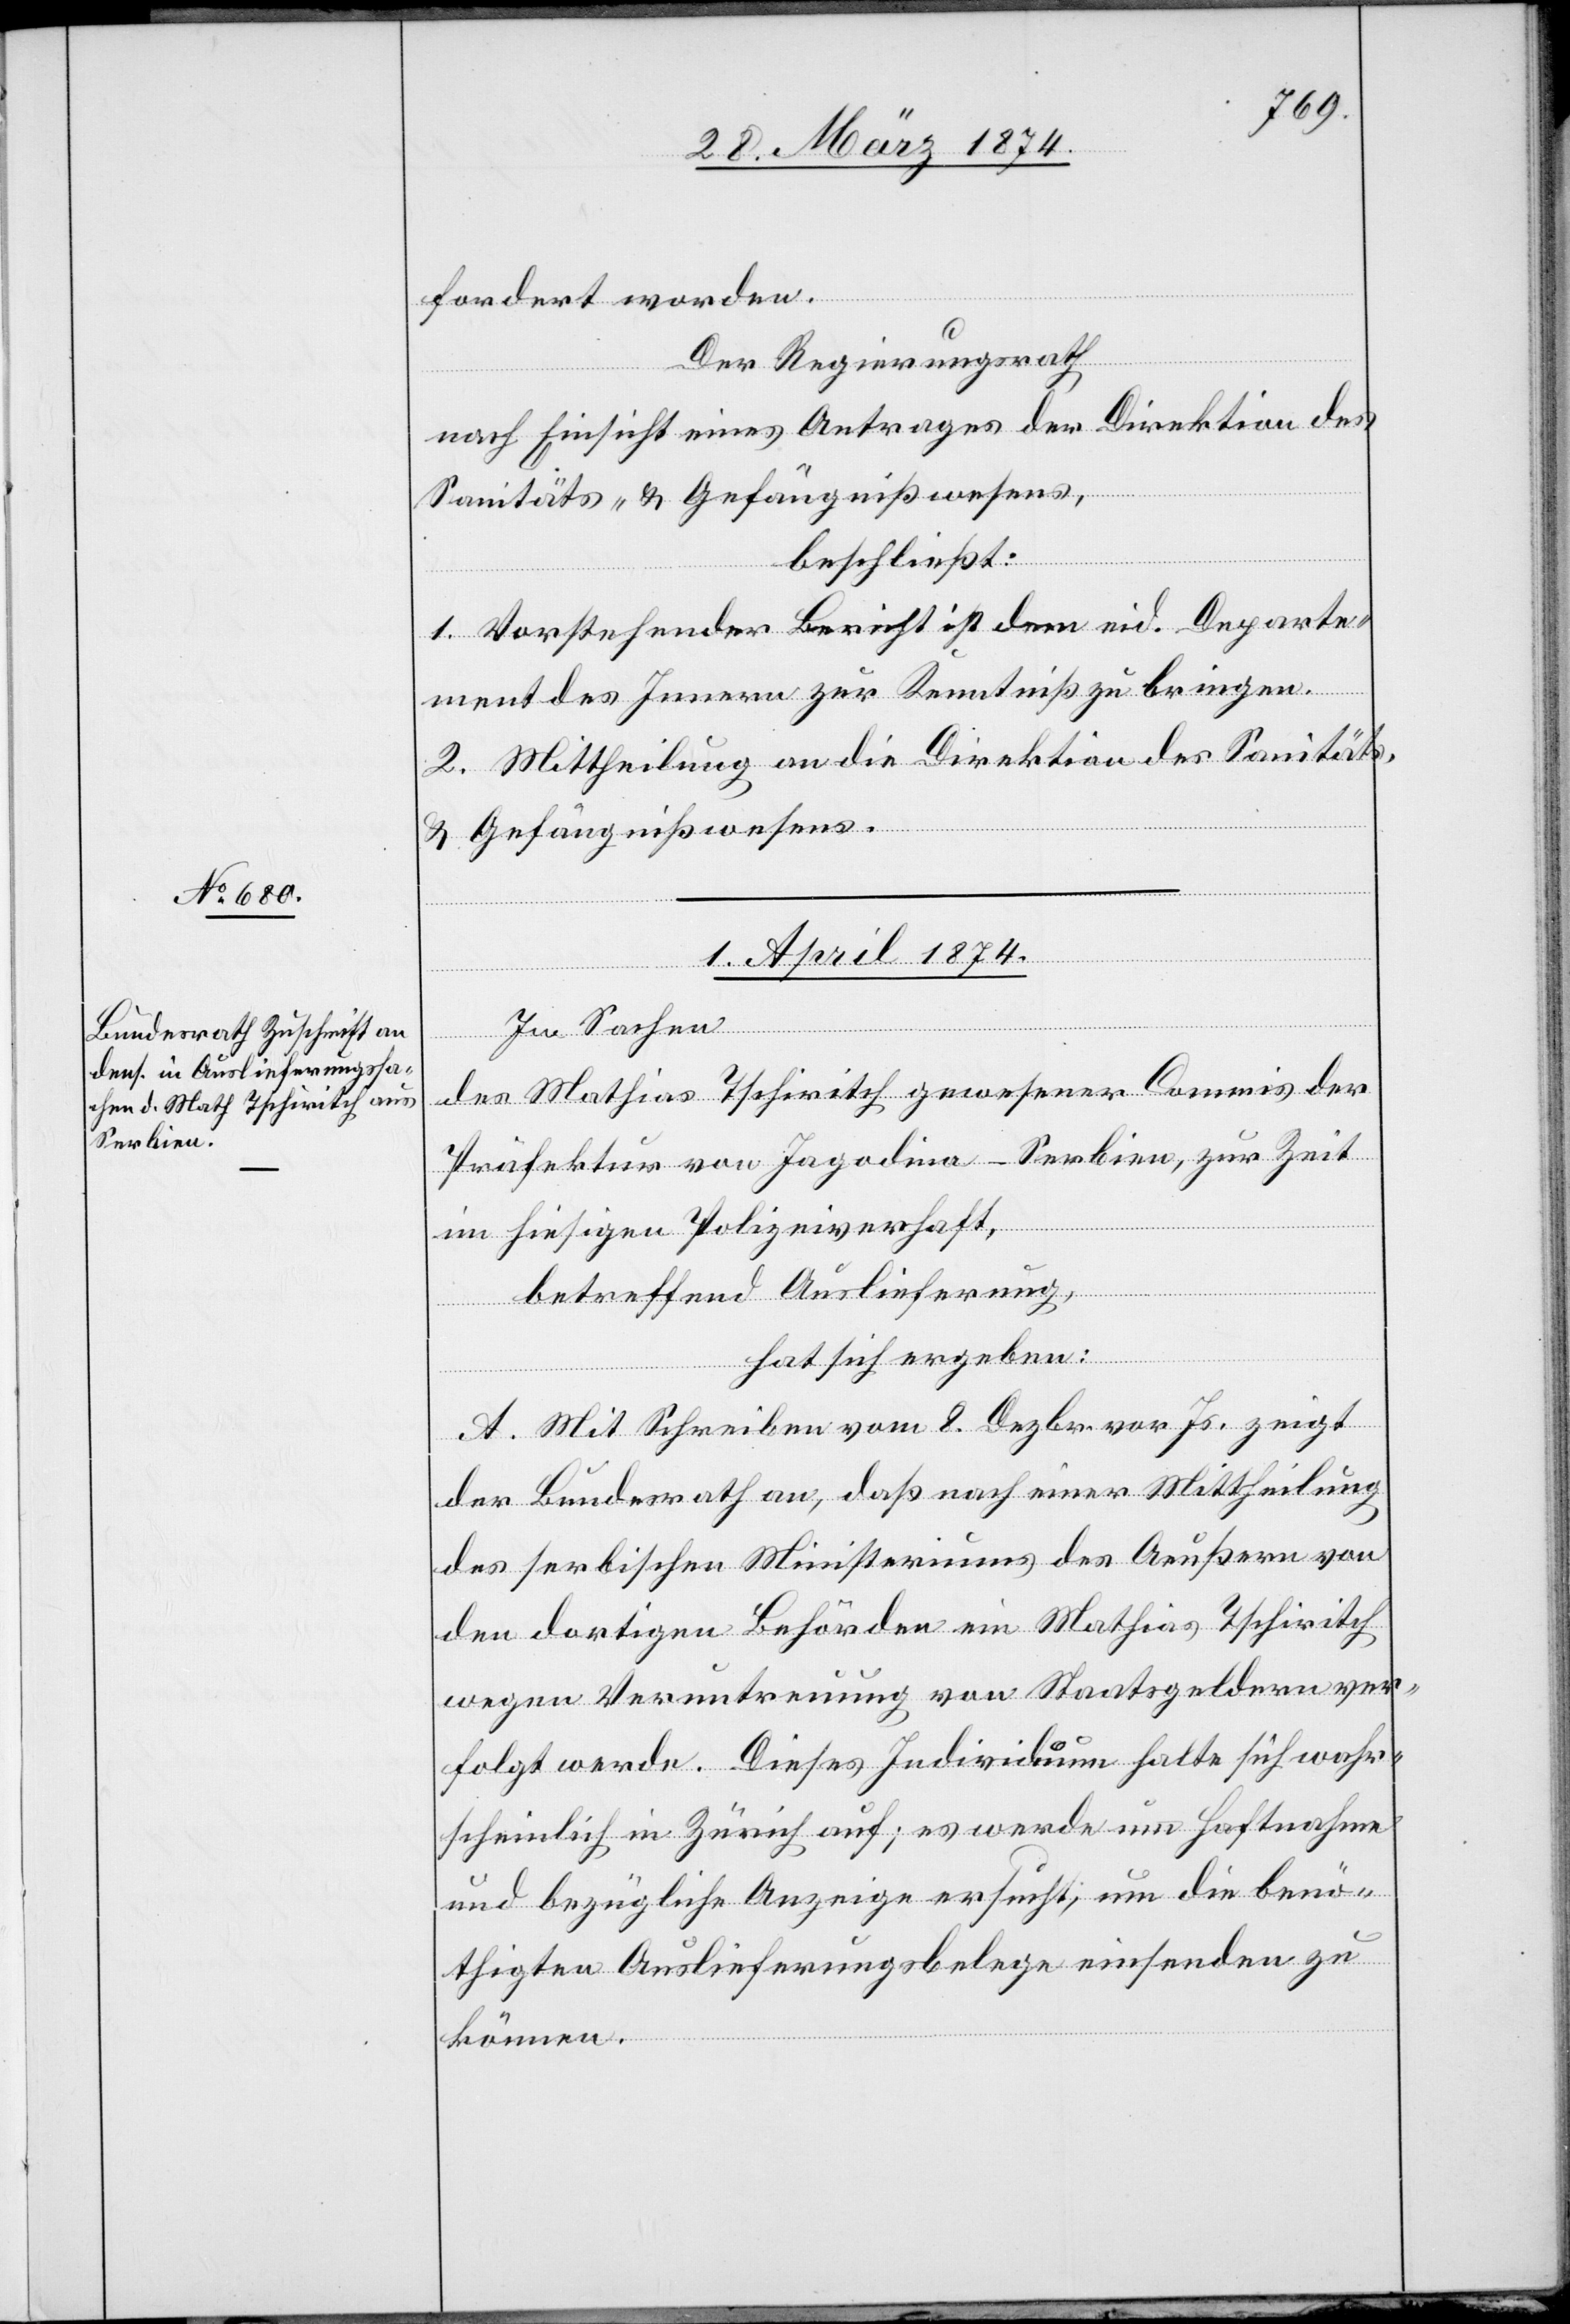
fordert worden.
Der Regierungsrath,
nach Einsicht eines Antrages der Direktion des
Sanitäts- u. Gefängnißwesens,
beschließt:
1. Vorstehender Bericht ist dem eid. Departe¬
ment des Innern zur Kenntniß zu bringen.
2. Mittheilung an die Direktion des Sanitäts-
u. Gefängnißwesens.
1. April 1874.
in Sachen
des Mathias Tschiritch[,] gewesener Commis der
Präfektur von Jagodina-Serbien, zur Zeit
im hiesigen Polizeiverhaft,
betreffend Auslieferung,
hat sich ergeben:
A. Mit Schreiben vom 8. Dezbr. vor. Js. zeigt
der Bundesrath an, daß nach einer Mittheilung
des serbischen Ministeriums des Aeußern von
den dortigen Behörden ein Mathias Tschiritch
wegen Veruntreuung von Staatsgeldern ver¬
folgt werde. Dieses Individuum halte sich wahr¬
scheinlich in Zürich auf; es werde um Haftnahme
und bezügliche Anzeige ersucht, um die benö¬
thigten Auslieferungsbelege einsenden zu
können.